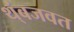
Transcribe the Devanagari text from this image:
थ्ंबजवत